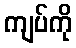
ကျပ်ကို